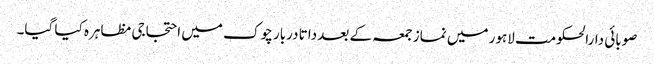
صوبائی دارالحکومت لاہور میں نماز جمعہ کے بعد داتا دربار چوک میں احتجاجی مظاہرہ کیا گیا۔